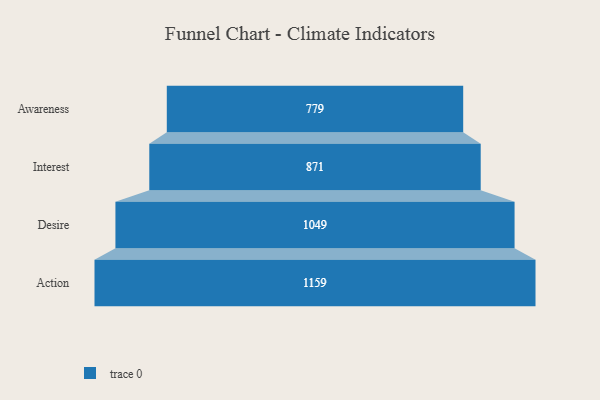
{"axis": {"x": "Stage", "y": "Value"}, "legend": [""], "data": [{"x": "Awareness", "y": 779.0, "type": ""}, {"x": "Interest", "y": 871.0, "type": ""}, {"x": "Desire", "y": 1049.0, "type": ""}, {"x": "Action", "y": 1159.0, "type": ""}]}